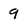
Character: 9